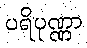
ပရိပုဏ္ဏာ